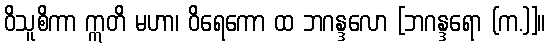
ဝိသူစိကာ ဣတိ မဟာ၊ ဝိရေကော ထ ဘဂန္ဒလော [ဘဂန္ဒရော (က.)]။